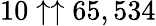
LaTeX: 10\uparrow\uparrow 65,534